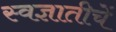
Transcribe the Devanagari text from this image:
स्वज्ञातीचें